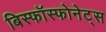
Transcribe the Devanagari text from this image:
बिस्फॉस्फोनेट्स